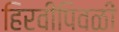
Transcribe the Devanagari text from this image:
हिरवीपिवळी